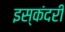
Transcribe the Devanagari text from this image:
इस्कंदरी